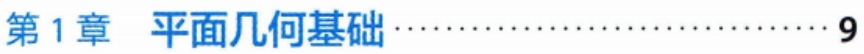
第1章 平面几何基础\hfill 9